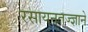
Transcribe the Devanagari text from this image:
रसायनतज्ज्ञाने